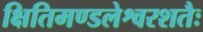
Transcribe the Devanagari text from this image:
क्षितिमण्डलेश्वरशतैः